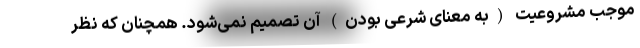
موجب مشروعیت (به معنای شرعی بودن) آن تصمیم نمی‌شود. همچنان که نظر